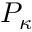
P _ { \kappa }